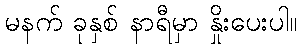
မနက် ခုနှစ် နာရီမှာ နှိုးပေးပါ။